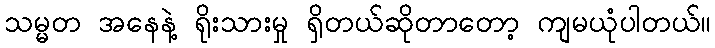
သမ္မတ အနေနဲ့ ရိုးသားမှု ရှိတယ်ဆိုတာတော့ ကျမယုံပါတယ်။